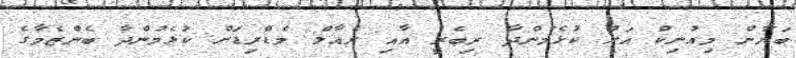
ބަޔާން މިއުނިކް އަށް ކުޅެމުންދާ ރިބެރީ އާއި ރެއާލް މެޑްރިޑަށް ކުޅެމުންދާ ބެންޒެމާގެ